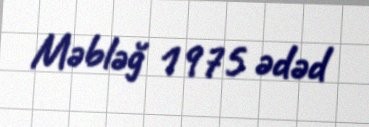
Məbləğ 1975 ədəd